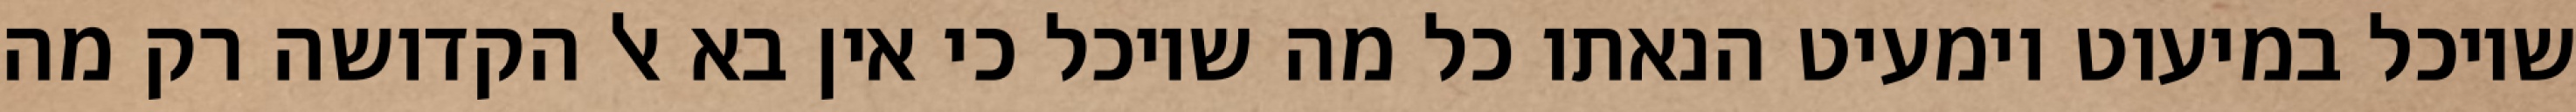
שיוכל במיעוט וימעיט הנאתו כל מה שיוכל כי אין בא אל הקדושה רק מה